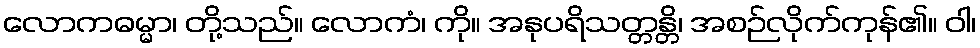
လောကဓမ္မာ၊ တို့သည်။ လောကံ၊ ကို။ အနုပရိသတ္တန္တိ၊ အစဉ်လိုက်ကုန်၏။ ဝါ၊